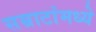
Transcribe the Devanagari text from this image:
सम्राटांमध्ये